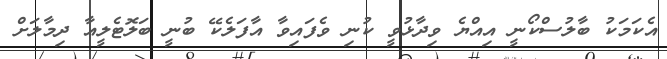
އެކަމަކު ބާލުސްކޯނީ އިއްޔެ ވިދާޅުވީ ކުނި ވެފައިވާ އާފަލެކޭ ބުނީ ބަލޮޓެލީއާ ދިމާލަށް